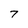
Character: 7